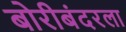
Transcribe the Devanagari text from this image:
बोरीबंदरला